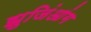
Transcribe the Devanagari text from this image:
झुजिंआंग